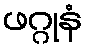
ဖဂ္ဂုနံ